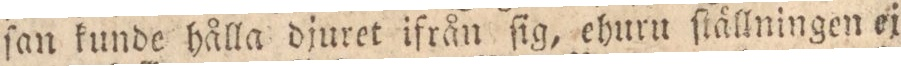
ſan kunde hålla djuret ifrån ſig, ehuru ſtällningen ej